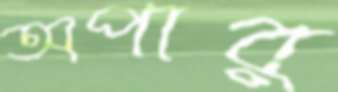
অপার